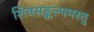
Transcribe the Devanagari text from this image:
शिवसङ्कल्पमस्तु